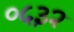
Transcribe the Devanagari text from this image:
०५३२